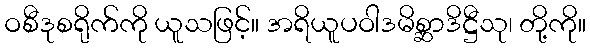
ဝစီဒုစရိုက်ကို ယူသဖြင့်။ အရိယူပဝါဒမိစ္ဆာဒိဋ္ဌီသု၊ တို့ကို။